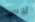
لاس